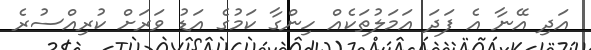
އަދި އޭނާ އެ ފަދަ އަމަލުތަކެއް ހިންގާ ކަމުގެ އަޑު ވަރަށް ކުރިއްސުރެ